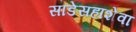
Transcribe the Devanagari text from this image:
साडेसहाशेवा